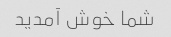
شما خوش آمدید